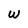
Character: W